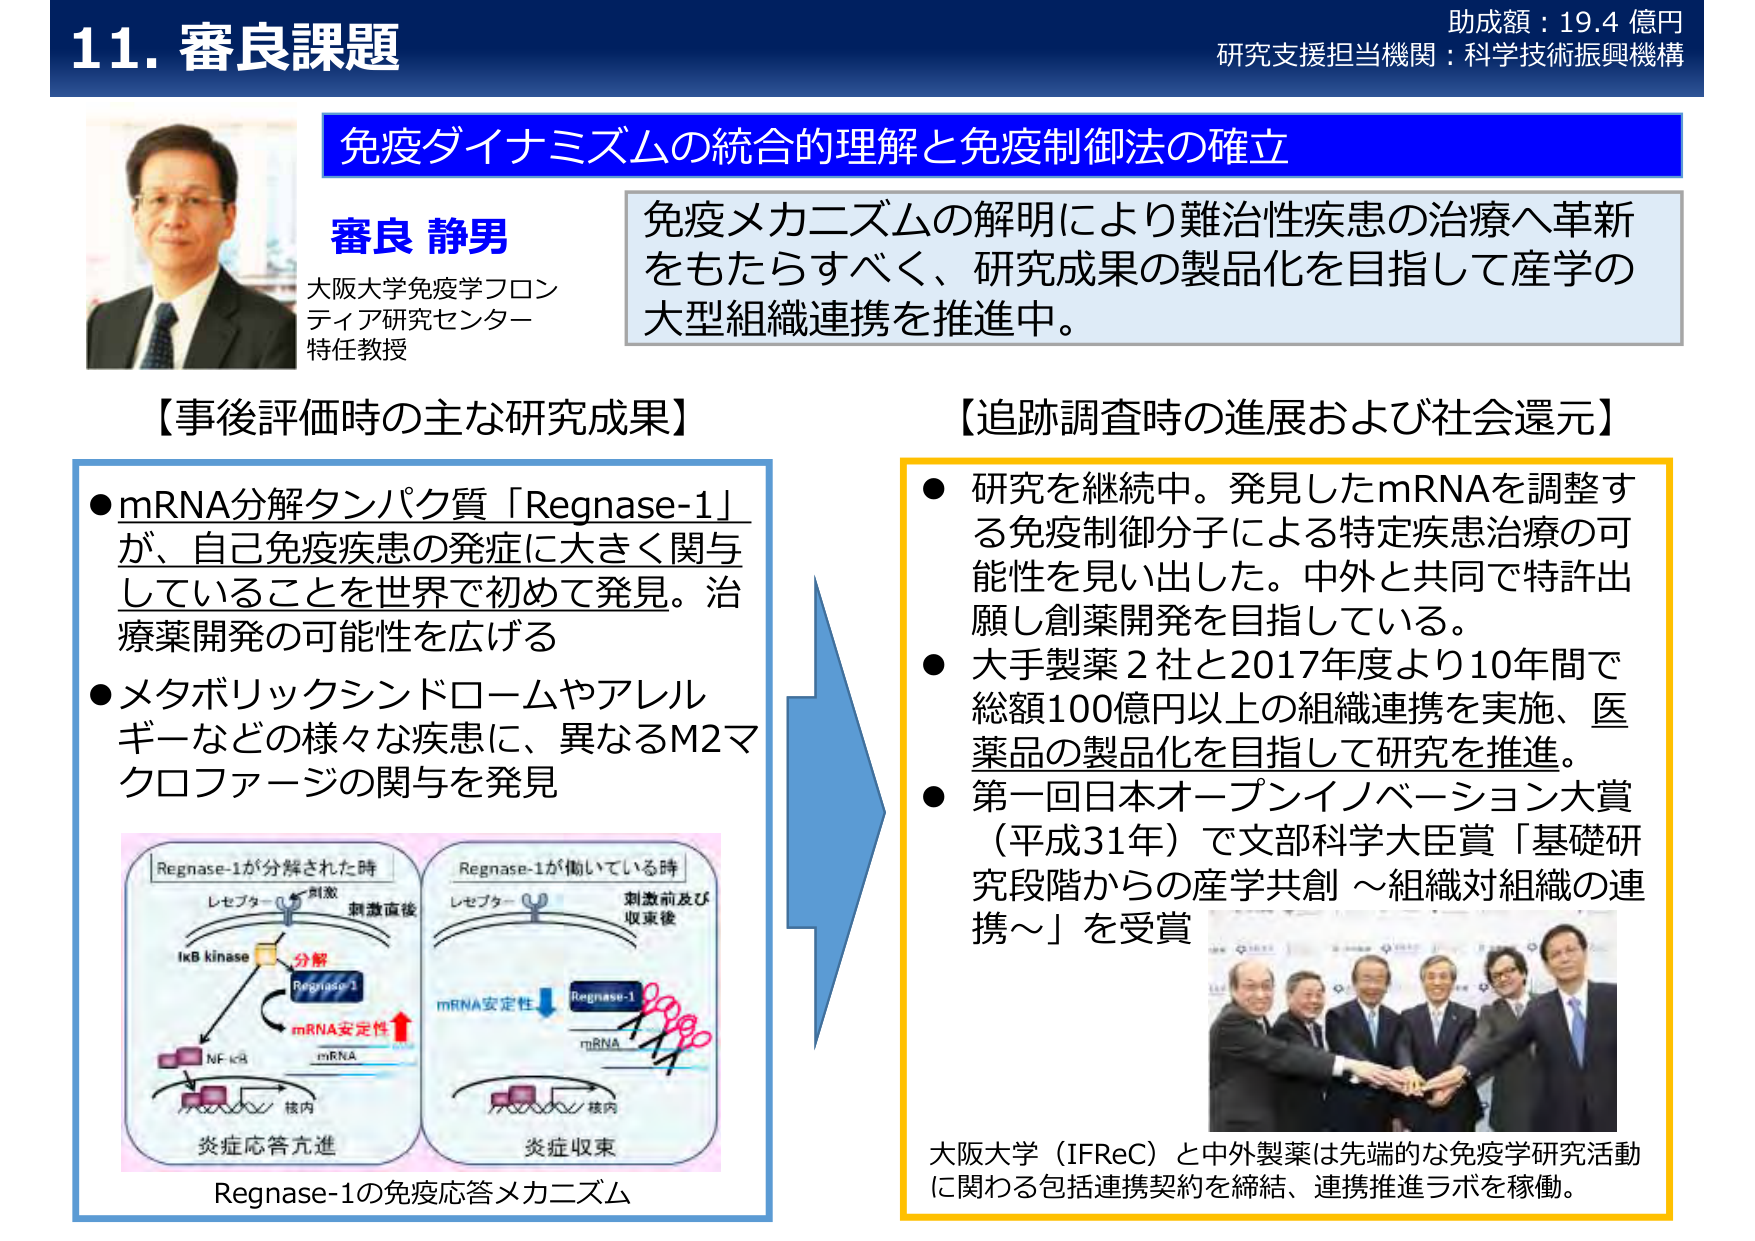
11. 審良課題
助成額：19.4 億円
研究支援担当機関：科学技術振興機構

免疫ダイナミズムの統合的理解と免疫制御法の確立

審良 静男
大阪大学免疫学フロンティア研究センター
特任教授

免疫メカニズムの解明により難治性疾患の治療へ革新をもたらすべく、研究成果の製品化を目指して産学の大型組織連携を推進中。

【事後評価時の主な研究成果】
● mRNA分解タンパク質「Regnase-1」が、自己免疫疾患の発症に大きく関与していることを世界で初めて発見。治療薬開発の可能性を広げる
● メタボリックシンドロームやアレルギーなどの様々な疾患に、異なるM2マクロファージの関与を発見

Regnase-1が分解された時
レセプター 刺激
刺激直後
IκB kinase
分解
Regnase-1
mRNA安定性↑
NF-κB
mRNA
核内
炎症応答亢進

Regnase-1が働いている時
レセプター
刺激前及び収束後
Regnase-1
mRNA安定性↓
mRNA
核内
炎症収束

Regnase-1の免疫応答メカニズム

【追跡調査時の進展および社会還元】
● 研究を継続中。発見したmRNAを調整する免疫制御分子による特定疾患治療の可能性を見い出した。中外と共同で特許出願し創薬開発を目指している。
● 大手製薬2社と2017年度より10年間で総額100億円以上の組織連携を実施、医薬品の製品化を目指して研究を推進。
● 第一回日本オープンイノベーション大賞（平成31年）で文部科学大臣賞「基礎研究段階からの産学共創～組織対組織の連携～」を受賞

大阪大学（IFReC）と中外製薬は先端的な免疫学研究活動に関する包括連携契約を締結、連携推進ラボを稼働。